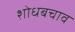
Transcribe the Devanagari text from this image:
शोधबचाव